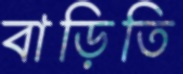
বাড়িতি